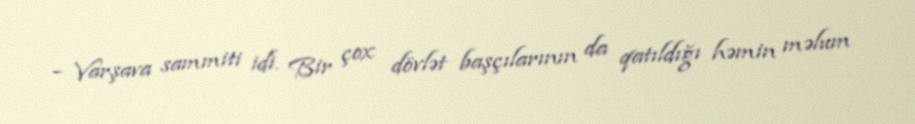
– Varşava sammiti idi. Bir çox dövlət başçılarının da qatıldığı həmin məlum